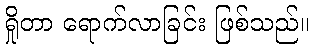
ရှိုတာ ရောက်လာခြင်း ဖြစ်သည်။